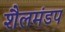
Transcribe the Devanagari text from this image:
शैलमंडप